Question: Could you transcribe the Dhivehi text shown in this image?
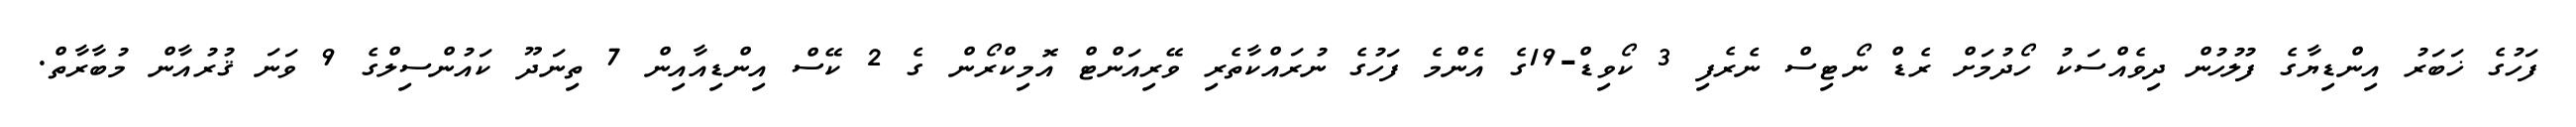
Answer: ފަހުގެ ޚަބަރު އިންޑިޔާގެ ފުލުހުން ދިވެއްސަކު ހޯދުމަށް ރެޑް ނޯޓިސް ނެރެފި 3 ކޯވިޑް-19ގެ އެންމެ ފަހުގެ ނުރައްކާތެރި ވޭރިއަންޓް އޮމިކްރޯން ގެ 2 ކޭސް އިންޑިއާއިން 7 ތިނަދޫ ކައުންސިލްގެ 9 ވަނަ ޤުރުއާން މުބާރާތް.